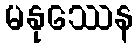
မနုဿေန